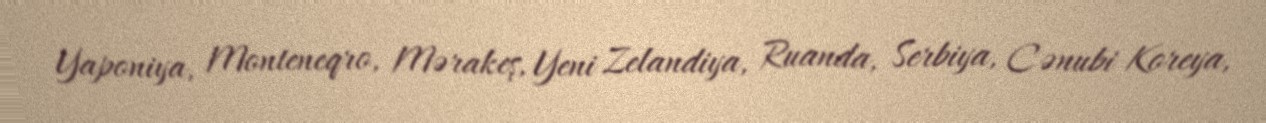
Yaponiya, Monteneqro, Mərakeş, Yeni Zelandiya, Ruanda, Serbiya, Cənubi Koreya,